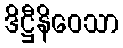
ဒိဋ္ဌီနိဝေသာ